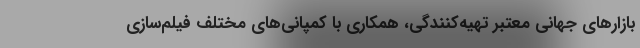
بازارهای جهانی معتبر تهیه‌کنندگی، همكاري با كمپانی‌های مختلف فیلم‌سازی